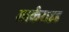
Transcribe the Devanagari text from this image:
आर्कराइड